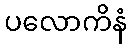
ပလောကိနံ